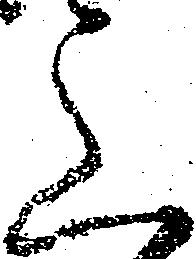
上